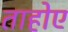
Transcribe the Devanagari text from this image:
ताहोए